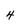
Character: 4